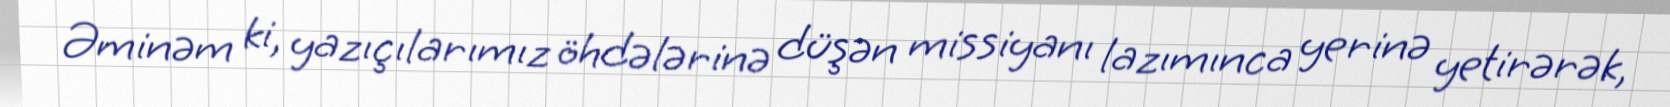
Əminəm ki, yazıçılarımız öhdələrinə düşən missiyanı lazımınca yerinə yetirərək,